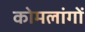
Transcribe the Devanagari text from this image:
कोमलांगों